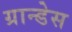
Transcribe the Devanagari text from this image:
ग्रान्डेस